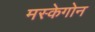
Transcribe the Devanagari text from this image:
मस्केगोन